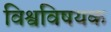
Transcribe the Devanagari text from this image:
विश्वविषयक